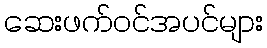
ဆေးဖက်ဝင်အပင်များ